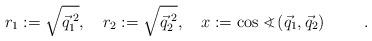
LaTeX: \begin{align*}r_1 := \sqrt{\vec{q}_1^{\;2}}, \hspace{1em} r_2 := \sqrt{\vec{q}_2^{\;2}}, \hspace{1em} x := \cos <\hspace{-0.75em}\mbox{\raisebox{0.2ex}{\scriptsize )}}\;(\vec{q}_1, \vec{q}_2) \hspace{1cm}.\end{align*}